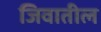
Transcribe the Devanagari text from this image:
जिवातील